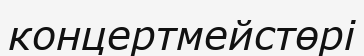
концертмейстөрі